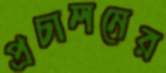
প্রচালনের